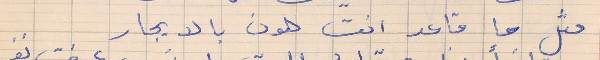
متل ما قاعد انت هون بالايجار